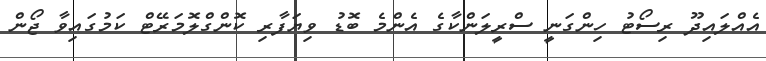
އެއްލައިދޫ ރިސޯޓު ހިންގަނީ ސްރީލަންކާގެ އެންމެ ބޮޑު ވިޔަފާރި ކޮންގްލޮމަރޭޓް ކަމުގައިވާ ޖޯން